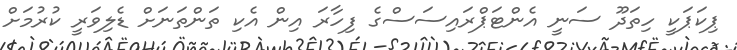
ޕިކަޕަކީ ހިތަދޫ ސަނީ އެންޓަޕްރައިސަސްގެ ފިހާރަ އިން އެކި ތަންތަނަށް ޑެލިވަރީ ކުރުމަށް